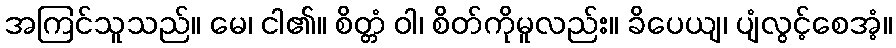
အကြင်သူသည်။ မေ၊ ငါ၏။ စိတ္တံ ဝါ၊ စိတ်ကိုမူလည်း။ ခိပေယျ၊ ပျံလွင့်စေအံ့။